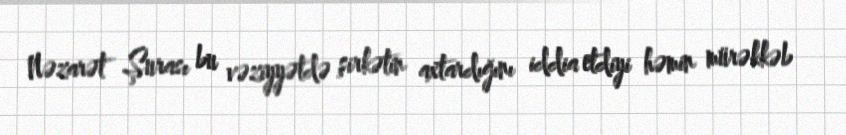
Nəzarət Şurası bu vəziyyətdə şirkətin axtardığını iddia etdiyi həmin mürəkkəb